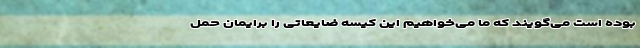
بوده است می‌گویند که ما می‌خواهیم این کیسه ضایعاتی را برایمان حمل